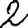
Digit: 2